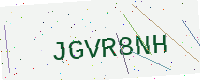
Text: JGVR8NH